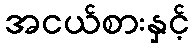
အငယ်စားနှင့်